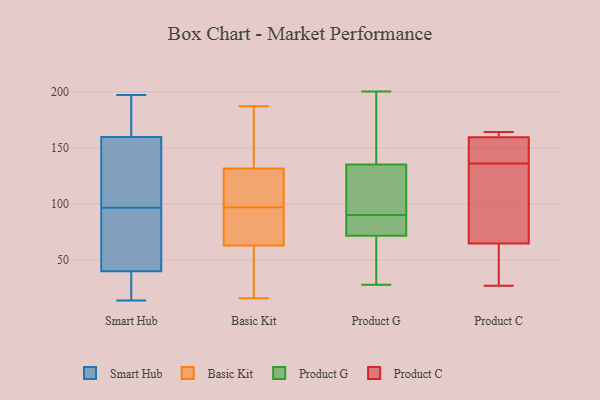
{"axis": {"x": "Satisfaction Score", "y": "Value"}, "legend": ["Basic Kit", "Product C", "Product G", "Smart Hub"], "data": [{"x": "", "y": 76, "type": "Smart Hub"}, {"x": "", "y": 180, "type": "Smart Hub"}, {"x": "", "y": 143, "type": "Smart Hub"}, {"x": "", "y": 96, "type": "Smart Hub"}, {"x": "", "y": 197, "type": "Smart Hub"}, {"x": "", "y": 19, "type": "Smart Hub"}, {"x": "", "y": 14, "type": "Smart Hub"}, {"x": "", "y": 192, "type": "Smart Hub"}, {"x": "", "y": 41, "type": "Smart Hub"}, {"x": "", "y": 108, "type": "Smart Hub"}, {"x": "", "y": 176, "type": "Smart Hub"}, {"x": "", "y": 39, "type": "Smart Hub"}, {"x": "", "y": 85, "type": "Smart Hub"}, {"x": "", "y": 28, "type": "Smart Hub"}, {"x": "", "y": 100, "type": "Smart Hub"}, {"x": "", "y": 97, "type": "Smart Hub"}, {"x": "", "y": 112, "type": "Basic Kit"}, {"x": "", "y": 63, "type": "Basic Kit"}, {"x": "", "y": 187, "type": "Basic Kit"}, {"x": "", "y": 32, "type": "Basic Kit"}, {"x": "", "y": 155, "type": "Basic Kit"}, {"x": "", "y": 134, "type": "Basic Kit"}, {"x": "", "y": 129, "type": "Basic Kit"}, {"x": "", "y": 88, "type": "Basic Kit"}, {"x": "", "y": 16, "type": "Basic Kit"}, {"x": "", "y": 108, "type": "Basic Kit"}, {"x": "", "y": 90, "type": "Basic Kit"}, {"x": "", "y": 63, "type": "Basic Kit"}, {"x": "", "y": 104, "type": "Basic Kit"}, {"x": "", "y": 71, "type": "Basic Kit"}, {"x": "", "y": 39, "type": "Basic Kit"}, {"x": "", "y": 169, "type": "Basic Kit"}, {"x": "", "y": 33, "type": "Product G"}, {"x": "", "y": 127, "type": "Product G"}, {"x": "", "y": 58, "type": "Product G"}, {"x": "", "y": 171, "type": "Product G"}, {"x": "", "y": 28, "type": "Product G"}, {"x": "", "y": 94, "type": "Product G"}, {"x": "", "y": 135, "type": "Product G"}, {"x": "", "y": 136, "type": "Product G"}, {"x": "", "y": 90, "type": "Product G"}, {"x": "", "y": 200, "type": "Product G"}, {"x": "", "y": 135, "type": "Product G"}, {"x": "", "y": 33, "type": "Product G"}, {"x": "", "y": 76, "type": "Product G"}, {"x": "", "y": 79, "type": "Product G"}, {"x": "", "y": 88, "type": "Product G"}, {"x": "", "y": 111, "type": "Product G"}, {"x": "", "y": 83, "type": "Product G"}, {"x": "", "y": 157, "type": "Product C"}, {"x": "", "y": 114, "type": "Product C"}, {"x": "", "y": 160, "type": "Product C"}, {"x": "", "y": 136, "type": "Product C"}, {"x": "", "y": 52, "type": "Product C"}, {"x": "", "y": 103, "type": "Product C"}, {"x": "", "y": 161, "type": "Product C"}, {"x": "", "y": 164, "type": "Product C"}, {"x": "", "y": 150, "type": "Product C"}, {"x": "", "y": 52, "type": "Product C"}, {"x": "", "y": 27, "type": "Product C"}]}